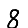
Digit: 8